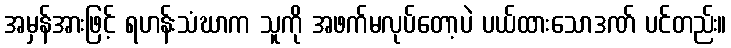
အမှန်အားဖြင့် ရဟန်းသံဃာက သူကို အဖက်မလုပ်တော့ပဲ ပယ်ထားသောဒဏ် ပင်တည်း။